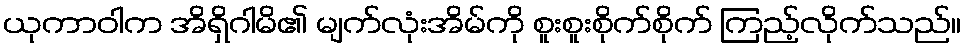
ယုကာဝါက အိရှိဂါမိ၏ မျက်လုံးအိမ်ကို စူးစူးစိုက်စိုက် ကြည့်လိုက်သည်။